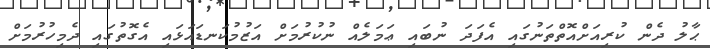
ޙާލު ދެން ކުރިއަށްއޮތްތަނުގައި އެފަދަ ނުބައި ޢަމަލެއް ނުކުރުމަށް އަޒުމުކަނޑައަޅައި އެގޮތުގައި ދެމިހުރުމަށް